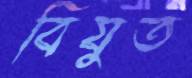
বিযুত